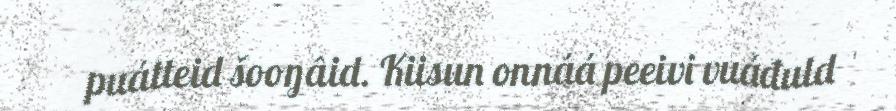
puátteid šooŋâid. Kiisun onnáá peeivi vuáđuld